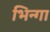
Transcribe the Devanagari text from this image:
भिन्गा